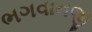
ભગવાનજી